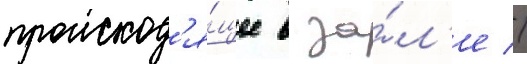
происход'я́щее в за́л'е //